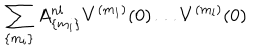
LaTeX: \sum _ { \{ m _ { i } \} } A _ { \{ m _ { i } \} } ^ { n l } V ^ { ( m _ { 1 } ) } ( 0 ) \dots V ^ { ( m _ { l } ) } ( 0 )